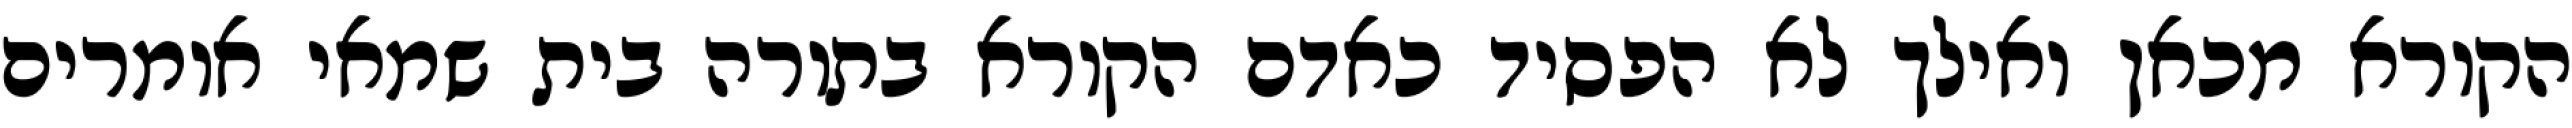
הקורא מכאן ואילך לא הפסיד כאדם הקורא בתורה בית שמאי אומרים